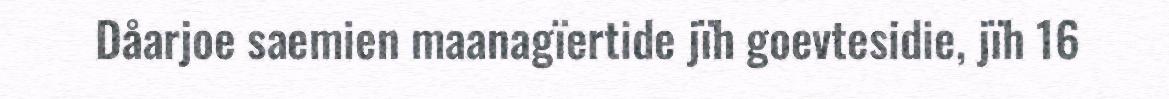
Dåarjoe saemien maanagïertide jïh goevtesidie, jïh 16